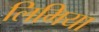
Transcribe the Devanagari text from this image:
लिमिया